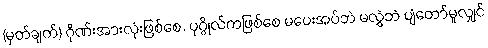
(မှတ်ချက်) ဂိုဏ်းအားလုံးဖြစ်စေ, ပုဂ္ဂိုလ်ကဖြစ်စေ မပေးအပ်ဘဲ မလွှဲဘဲ ပျံတော်မူလျှင်